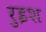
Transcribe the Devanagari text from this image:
रुइश